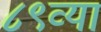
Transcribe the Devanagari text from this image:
८९व्या